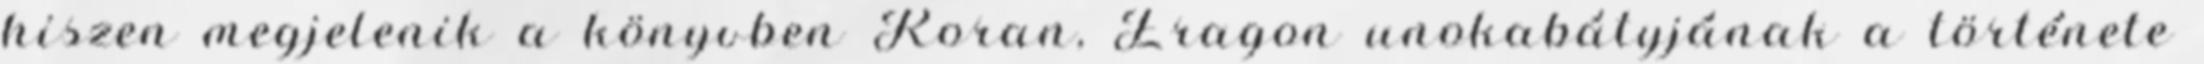
hiszen megjelenik a könyvben Roran, Eragon unokabátyjának a története